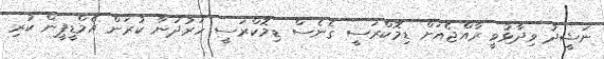
ނަޝީދު ވިދާޅުވީ ރާއްޖެއަށް ޑިމޮކްރަސީ ގެނެސް ޑިމޮކްރަސީ ހަރުދަނާ ކުރަން އެމްޑީޕީން ކުރި